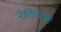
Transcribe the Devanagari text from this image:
रेसिडन्सी